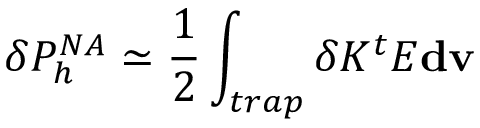
\delta P _ { h } ^ { N A } \simeq \frac { 1 } { 2 } \int _ { t r a p } \delta K ^ { t } E \mathbf { d v }